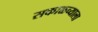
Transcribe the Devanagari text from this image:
सकाळ्च्याला